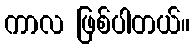
ကာလ ဖြစ်ပါတယ်။